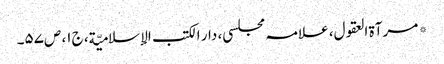
* مرآۃ العقول، علامہ مجلسی، دار الکتب الإسلامیّة، ج۱، ص۵۷۔